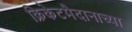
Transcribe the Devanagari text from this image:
क्रिकेटमैदानाच्या